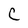
Character: C